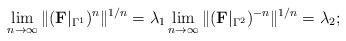
LaTeX: \begin{align*} \lim_{n\rightarrow \infty} \Vert (\textbf{F}|_{\Gamma^{1}})^{n}\Vert ^{1/n}=\lambda_{1} \lim_{n\rightarrow \infty} \Vert (\textbf{F}|_{\Gamma^{2}})^{-n}\Vert ^{1/n}=\lambda_{2}; \end{align*}